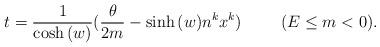
LaTeX: \begin{align*}t = \frac{1}{\cosh{(w)}} (\frac{\theta}{2m} - \sinh{(w)}n^{k}x^{k} ) \hspace{1cm} (E \leq m < 0).\end{align*}